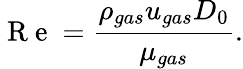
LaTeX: \mathrm{~R~e~}=\frac{\rho_{gas}u_{gas}D_{0}}{\mu_{gas}}.